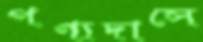
পণ্যদাসে